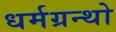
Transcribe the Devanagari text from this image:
धर्मग्रन्थो